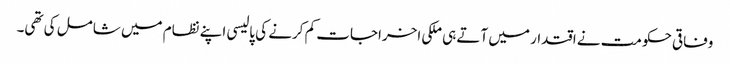
وفاقی حکومت نے اقتدار میں آتے ہی ملکی اخراجات کم کرنے کی پالیسی اپنے نظام میں شامل کی تھی۔